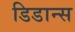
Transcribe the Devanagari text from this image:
डिडान्स